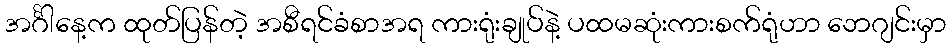
အင်္ဂါနေ့က ထုတ်ပြန်တဲ့ အစီရင်ခံစာအရ ကားရုံးချုပ်နဲ့ ပထမဆုံးကားစက်ရုံဟာ ဘေဂျင်းမှာ